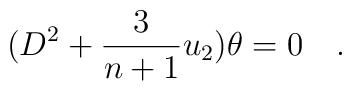
(D^2 + {3\over{n+1}} u_2) \theta =0\quad.